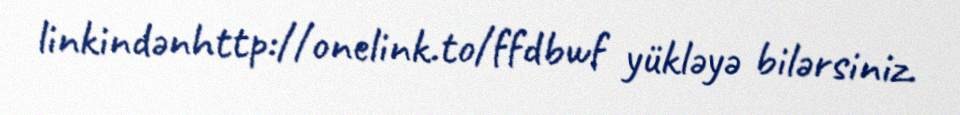
linkindənhttp://onelink.to/ffdbwf yükləyə bilərsiniz.